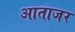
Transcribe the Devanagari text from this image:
आताजर